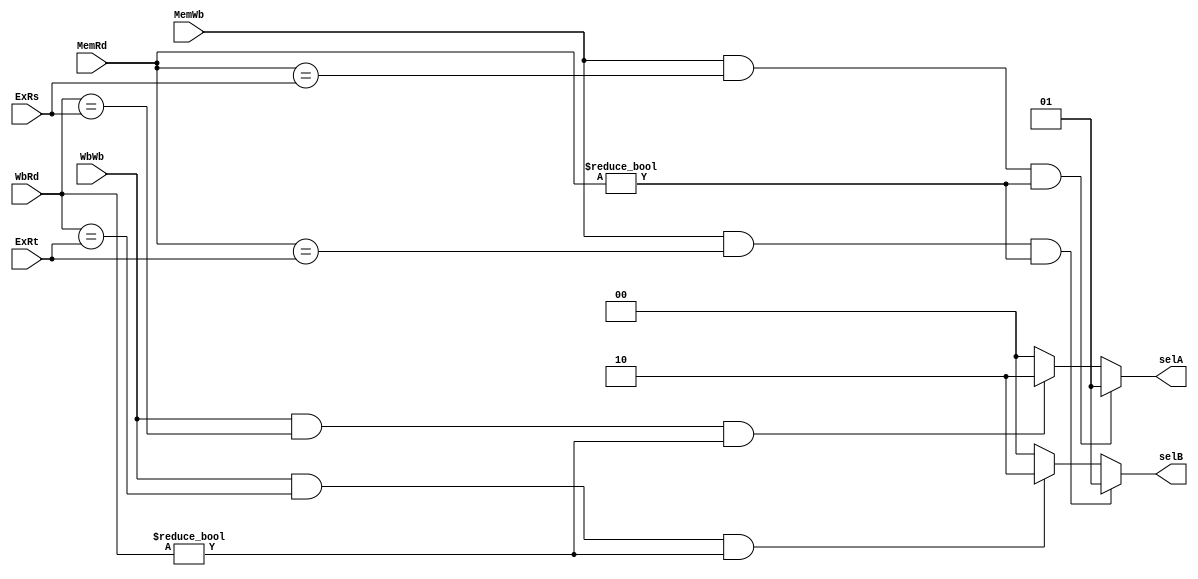
module FU (
    MemWb,
    MemRd,
    WbWb,
    WbRd,
    ExRs,
    ExRt,

    selA,
    selB
);
input MemWb,
      WbWb;
input[4:0] MemRd,
           WbRd,
           ExRs,
           ExRt;
output [1:0] selA,
                selB;

assign selA = (MemWb == 1 && MemRd == ExRs && MemRd!=5'b0) ? 2'b01 :
	 (WbWb == 1 && WbRd == ExRs && WbRd!=5'b0) ? 2'b10 :
	 2'b00;
assign selB = (MemWb == 1 &&  MemRd == ExRt && MemRd!=5'b0) ? 2'b01 :
	 (WbWb == 1 && WbRd == ExRt && WbRd!=5'b0) ? 2'b10 :
	 2'b00;

endmodule